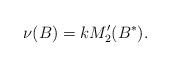
LaTeX: \begin{align*}\nu (B) = k M_2'(B^*) .\end{align*}